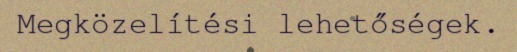
Megközelítési lehetőségek.